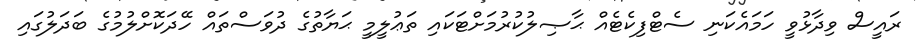
ރައީސް ވިދާޅުވީ ހަމައެކަނި ސެޓްފިކެޓެއް ޙާޞިލުކުރުމަށްޓަކައި ތަޢުލީމީ ޙަޔާތުގެ ދުވަސްތައް ހޭދަކޮށްލުމުގެ ބަދަލުގައި